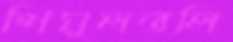
শিমুলতলি